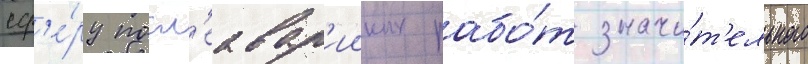
сф'е́ру посл'еавар'ииных рабо́т значи́т'ельного